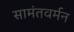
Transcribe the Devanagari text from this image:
सामंतवर्मन